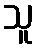
သူ